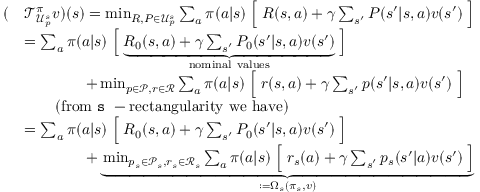
\begin{array} { r l } { ( } & { \mathcal { T } _ { \mathcal { U } _ { p } ^ { s } } ^ { \pi } v ) ( s ) = \operatorname* { m i n } _ { { R , P \in \mathcal { U } _ { p } ^ { s } } } \sum _ { a } \pi ( a | s ) \Bigm [ R ( s , a ) + \gamma \sum _ { s ^ { \prime } } P ( s ^ { \prime } | s , a ) v ( s ^ { \prime } ) \Bigm ] } \\ & { = \sum _ { a } \pi ( a | s ) \Bigm [ \underbrace { R _ { 0 } ( s , a ) + \gamma \sum _ { s ^ { \prime } } P _ { 0 } ( s ^ { \prime } | s , a ) v ( s ^ { \prime } ) } _ { \mathrm { n o m i n a l ~ v a l u e s } } \Bigm ] } \\ & { \qquad \qquad + \operatorname* { m i n } _ { { p \in \mathcal { P } } , r \in \mathcal { R } } \sum _ { a } \pi ( a | s ) \Bigm [ r ( s , a ) + \gamma \sum _ { s ^ { \prime } } p ( s ^ { \prime } | s , a ) v ( s ^ { \prime } ) \Bigm ] } \\ & { \qquad \mathrm { ( f r o m ~ \mathtt { s } ~ - r e c t a n g u l a r i t y ~ w e ~ h a v e ) } } \\ & { = \sum _ { a } \pi ( a | s ) \Bigm [ R _ { 0 } ( s , a ) + \gamma \sum _ { s ^ { \prime } } P _ { 0 } ( s ^ { \prime } | s , a ) v ( s ^ { \prime } ) \Bigm ] } \\ & { \qquad \qquad + \underbrace { \operatorname* { m i n } _ { { p _ { s } \in \mathcal { P } _ { s } } , r _ { s } \in \mathcal { R } _ { s } } \sum _ { a } \pi ( a | s ) \Bigm [ r _ { s } ( a ) + \gamma \sum _ { s ^ { \prime } } p _ { s } ( s ^ { \prime } | a ) v ( s ^ { \prime } ) \Bigm ] } _ { : = \Omega _ { s } ( \pi _ { s } , v ) } } \end{array}